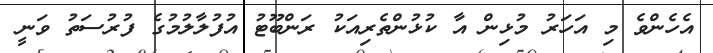
އެހެންވެ މި އަހަރު މުޅިން އާ ކުޅުންތެރިއަކު ރަންބޫޓު އުފުލާލުމުގެ ފުރުސަތު ވަނީ